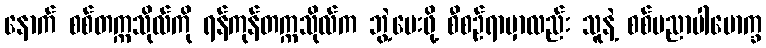
နောက် စစ်တက္ကသိုလ်ကို ရန်ကုန်တက္ကသိုလ်က ဘွဲ့ပေးဖို့ စီစဉ်ရာမှာလည်း သူနဲ့ စစ်ပညာပါမောက္ခ